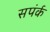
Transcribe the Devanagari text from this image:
सपंर्क